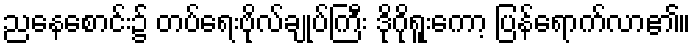
ညနေစောင်း၌ တပ်ရေးဗိုလ်ချုပ်ကြီး ဒိုဂိုရူးကော့ ပြန်ရောက်လာ၏။